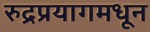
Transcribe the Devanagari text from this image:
रुद्रप्रयागमधून